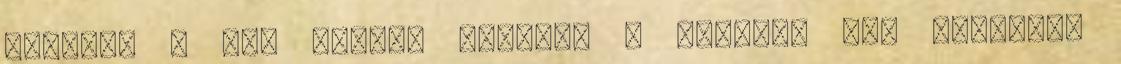
"semmit a nép által, mindent a népért" elv alapján.